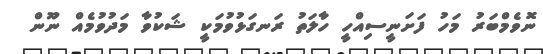
ނޮވެމްބަރު މަހު ފަށަނީސިއްހީ ހާލަތު ރަނގަޅުވުމަކީ ޝަކުވާ މަދުވުމެއް ނޫން